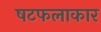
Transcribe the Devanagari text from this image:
षटफलाकार